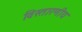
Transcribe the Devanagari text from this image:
विस्तारणीय